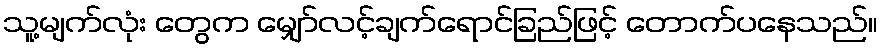
သူ့မျက်လုံး တွေက မျှော်လင့်ချက်ရောင်ခြည်ဖြင့် တောက်ပနေသည်။